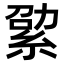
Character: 𦀧